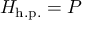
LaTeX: H _ { \mathrm { h . p . } } = P